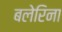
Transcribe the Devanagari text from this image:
बलेरिना